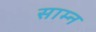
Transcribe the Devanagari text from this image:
साम्न